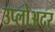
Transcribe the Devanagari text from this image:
उप्लोअदर